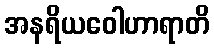
အနရိယဝေါဟာရာတိ